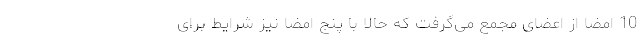
10 امضا از اعضای مجمع می‌گرفت که حالا با پنج امضا نیز شرایط برای